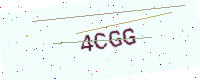
Text: 4CGG